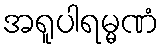
အရူပါရမ္မဏံ